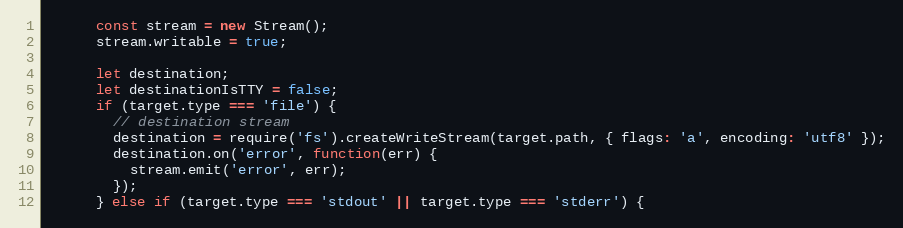
Language: JavaScript
      const stream = new Stream();
      stream.writable = true;

      let destination;
      let destinationIsTTY = false;
      if (target.type === 'file') {
        // destination stream
        destination = require('fs').createWriteStream(target.path, { flags: 'a', encoding: 'utf8' });
        destination.on('error', function(err) {
          stream.emit('error', err);
        });
      } else if (target.type === 'stdout' || target.type === 'stderr') {